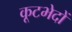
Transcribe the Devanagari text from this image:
कूटभेदों